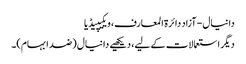
دانیال - آزاد دائرۃ المعارف، ویکیپیڈیا
دیگر استعمالات کے لیے، دیکھیے دانیال (ضد ابہام)۔